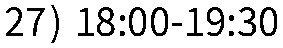
27) 18:00-19:30